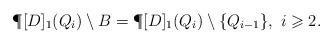
LaTeX: \begin{align*} \P[D]_1(Q_i)\setminus B= \P[D]_1(Q_i)\setminus\{Q_{i-1}\},\,\, i\geqslant2.\end{align*}